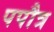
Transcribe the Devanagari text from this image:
पपौत्र